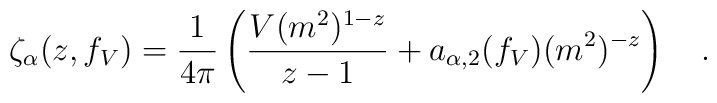
\zeta_{\alpha}(z,f_V)={1 \over 4\pi}\left({V (m^2)^{1-z} \over z-1} +a_{\alpha,2}(f_V) (m^2)^{-z}\right)~~~.